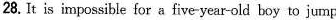
28.It is impossible for a five-year-old boy to jump